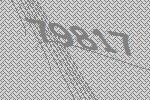
79817